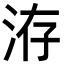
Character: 洊